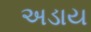
અડાય